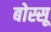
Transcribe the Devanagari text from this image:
बोस्सू